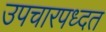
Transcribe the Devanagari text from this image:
उपचारपध्दत